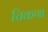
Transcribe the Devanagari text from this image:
चिकणा